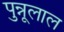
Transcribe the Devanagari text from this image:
पुन्नूलाल